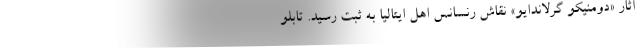
آثار «دومنیکو گرلاندایو» نقاش رنسانس اهل ایتالیا به ثبت رسید. تابلو